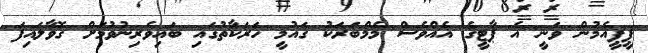
ޕީޕީއެމުން ވަނީ އެ ޕާޓީގެ އެއްވެސް މެމްބަރަކު ގައުމީ ހަރަކާތުގައި ބައިވެރިނުވުމަށް ގޮވާލައިފަ